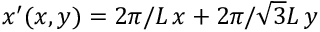
x ^ { \prime } ( x , y ) = 2 \pi / L \, x + 2 \pi / \sqrt { 3 } L \, y